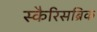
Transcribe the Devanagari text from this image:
स्कैरिसब्रिक